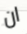
ان